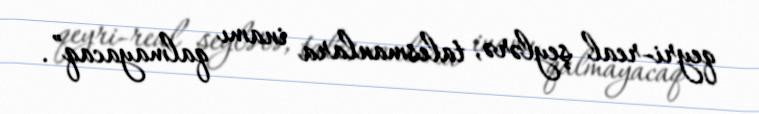
qeyri-real şeylərə, talesmanlara inamı qalmayacaq”.